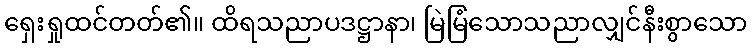
ရှေးရှုထင်တတ်၏။ ထိရသညာပဒဋ္ဌာနာ၊ မြဲမြံသောသညာလျှင်နီးစွာသော